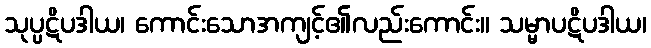
သုပ္ပဋိပဒါယ၊ ကောင်းသောအကျင့်၏လည်းကောင်း။ သမ္မာပဋိပဒါယ၊